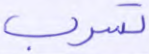
تسرب